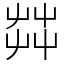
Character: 茻